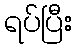
ရပ်ပြီး